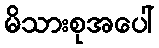
မိသားစုအပေါ်